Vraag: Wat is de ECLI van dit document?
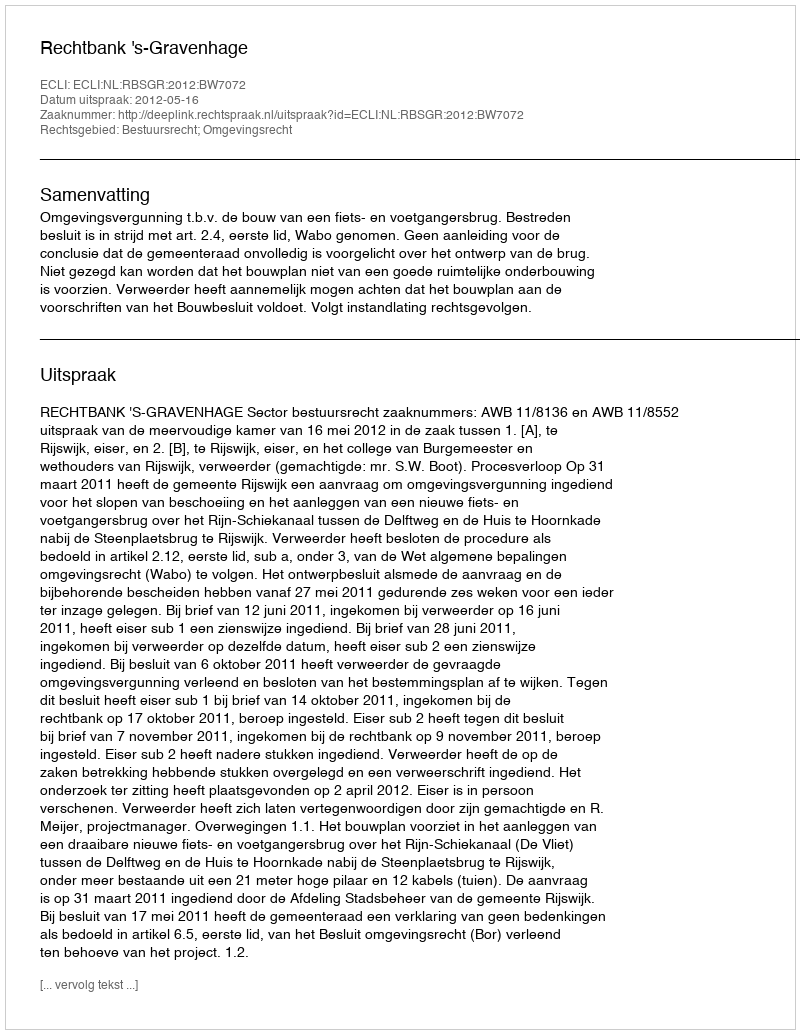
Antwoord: ECLI:NL:RBSGR:2012:BW7072